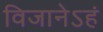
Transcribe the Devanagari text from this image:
विजानेऽहं